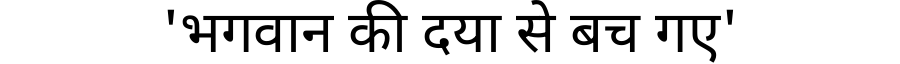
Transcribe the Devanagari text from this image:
'भगवान की दया से बच गए'